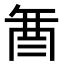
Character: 𮠚